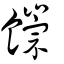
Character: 𩞉